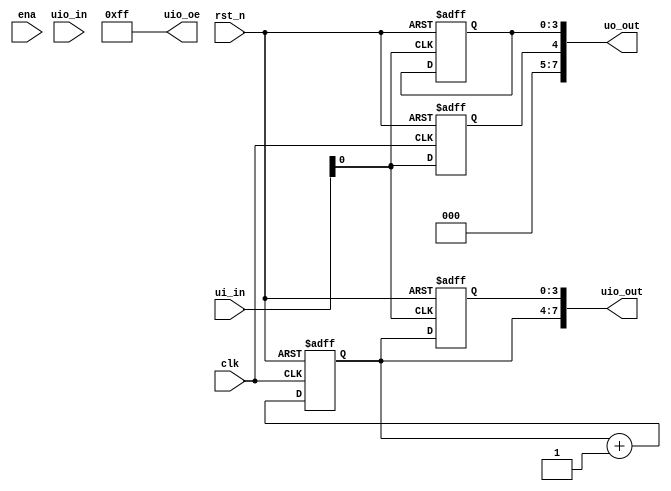
/*
 * Copyright (c) 2024 Eric Smith
 * SPDX-License-Identifier: Apache-2.0
 */

`default_nettype none

// Implement Figure 29.3 from Dally & Harting to see how bad it is in practice. 

module tt_um_ericsmi_bad_synchronizer (
    input  wire [7:0] ui_in,    // Dedicated inputs
    output wire [7:0] uo_out,   // Dedicated outputs
    input  wire [7:0] uio_in,   // IOs: Input path
    output wire [7:0] uio_out,  // IOs: Output path
    output wire [7:0] uio_oe,   // IOs: Enable path (active high: 0=input, 1=output)
    input  wire       ena,      // always 1 when the design is powered, so you can ignore it
    input  wire       clk,      // clock
    input  wire       rst_n     // reset_n - low to reset
);

  wire clk1;

  reg skew;
    
  reg [3:0] stage1;
  reg [3:0] stage2;
  reg [3:0] stage3;

  // Unique Inputs
    
  assign clk1 = ui_in[0];
    
  // All output pins must be assigned. If not used, assign to 0.
  assign uo_out  = {3'b000,skew,stage3[3:0]};
  assign uio_out = {stage1[3:0],stage2[3:0]};
  assign uio_oe  = 8'hFF;
    
  // Skew is used to externally align clk & clk1 edges.
  always @(posedge clk or negedge rst_n)
      if ( 0 == rst_n )
          skew <= 1'b0;
      else
          skew <= clk1;

    
  always @(posedge clk or negedge rst_n)
      if ( 0 == rst_n )
          stage1[3:0] <= 4'd0;
      else
          stage1[3:0] <= stage1[3:0] + 4'd1;


  always @(posedge clk1 or negedge rst_n)
      if ( 0 == rst_n )
          stage2[3:0] <= 4'd0;
      else
          stage2[3:0] <= stage1[3:0];    

  always @(posedge clk1 or negedge rst_n)
      if ( 0 == rst_n )
          stage3[3:0] <= 4'd0;
      else
          stage3[3:0] <= stage3[3:0];  

    
  // List all unused inputs to prevent warnings
  wire _unused = &{ena, 1'b0};

endmodule